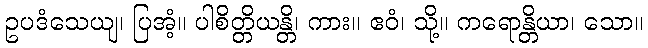
ဥပဒံသေယျ၊ ပြအံ့။ ပါစိတ္တိယန္တိ၊ ကား။ ဧဝံ၊ သို့။ ကရောန္တိယာ၊ သော။